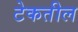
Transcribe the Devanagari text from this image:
टेकतील